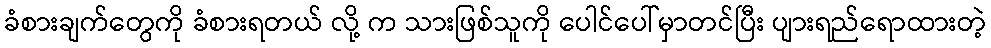
ခံစားချက်တွေကို ခံစားရတယ် လို့ က သားဖြစ်သူကို ပေါင်ပေါ်မှာတင်ပြီး ပျားရည်ရောထားတဲ့